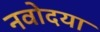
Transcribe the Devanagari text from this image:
नवोदया